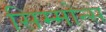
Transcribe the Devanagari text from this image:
सिम्मोन्स